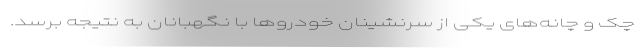
چک و چانه‌های یکی از سرنشینان خودروها با نگهبانان به نتیجه برسد.